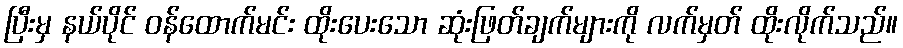
ပြီးမှ နယ်ပိုင် ဝန်ထောက်မင်း ထိုးပေးသော ဆုံးဖြတ်ချက်များကို လက်မှတ် ထိုးလိုက်သည်။